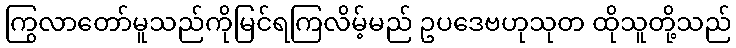
ကြွလာတော်မူသည်ကိုမြင်ရကြလိမ့်မည် ဥပဒေဗဟုသုတ ထိုသူတို့သည်